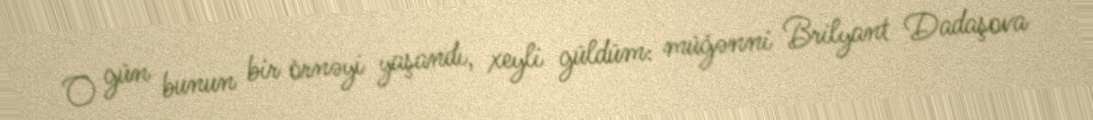
O gün bunun bir örnəyi yaşandı, xeyli güldüm: müğənni Brilyant Dadaşova